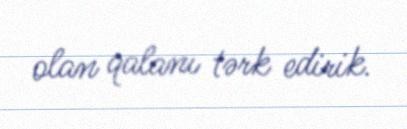
olan qalanı tərk edirik.